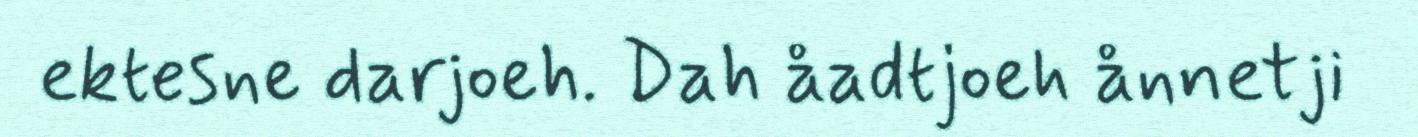
ektesne darjoeh. Dah åadtjoeh ånnetji